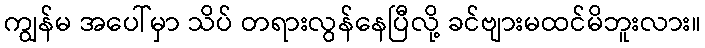
ကျွန်မ အပေါ်မှာ သိပ် တရားလွန်နေပြီလို့ ခင်ဗျားမထင်မိဘူးလား။